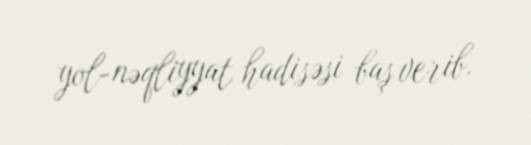
yol-nəqliyyat hadisəsi baş verib.